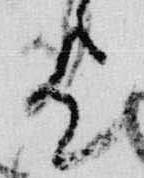
歟